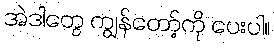
အဲဒါတွေ ကျွန်တော့်ကို ပေးပါ။